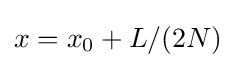
{\textstyle x=x_{0}+L/(2N)}